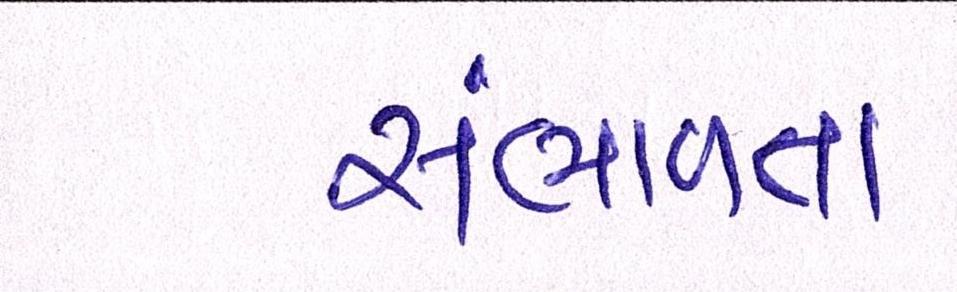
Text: સંભાળતા